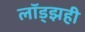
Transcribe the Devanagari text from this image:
लॉड्झही